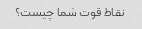
نقاط قوت شما چیست؟